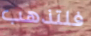
فلتذهب